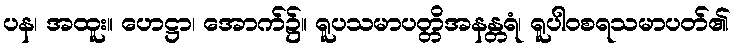
ပန၊ အထူး။ ဟေဋ္ဌာ၊ အောက်၌။ ရူပသမာပတ္တိအနန္တရံ၊ ရူပါဝစရသမာပတ်၏